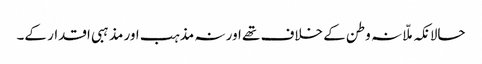
حالانکہ ملّا نہ وطن کے خلاف تھے اور نہ مذہب اور مذہبی اقدار کے۔